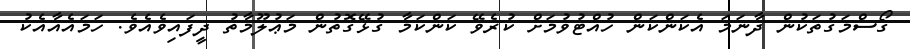
ގޯސްމަގުތަކުން ދާނަމަ އެކަންކަން ހުއްޓުވުމަށް ކުރެވޭ ކަންކަމާ ގުޅޭގޮތުން މަޢުލޫމާތު ދީފައިވެއެވެ. ހަމައެއާއެކު